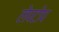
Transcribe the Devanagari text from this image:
लेपटोप